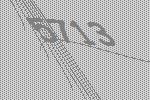
5713